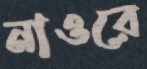
নাওরে